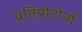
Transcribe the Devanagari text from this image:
प्रतिप्रोटोनों